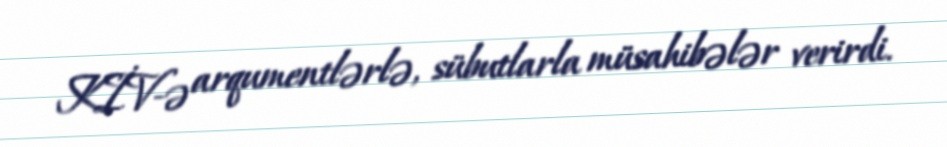
KİV-ə arqumentlərlə, sübutlarla müsahibələr verirdi.